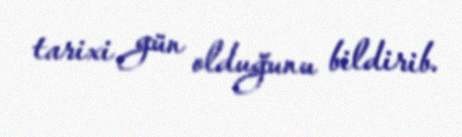
tarixi gün olduğunu bildirib.